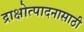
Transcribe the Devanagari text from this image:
द्राक्षोत्पादनासाठी